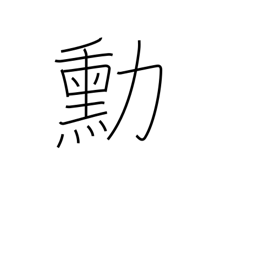
Meaning: merits